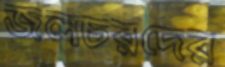
জলচরদের